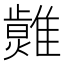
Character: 𤒂